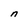
Character: n